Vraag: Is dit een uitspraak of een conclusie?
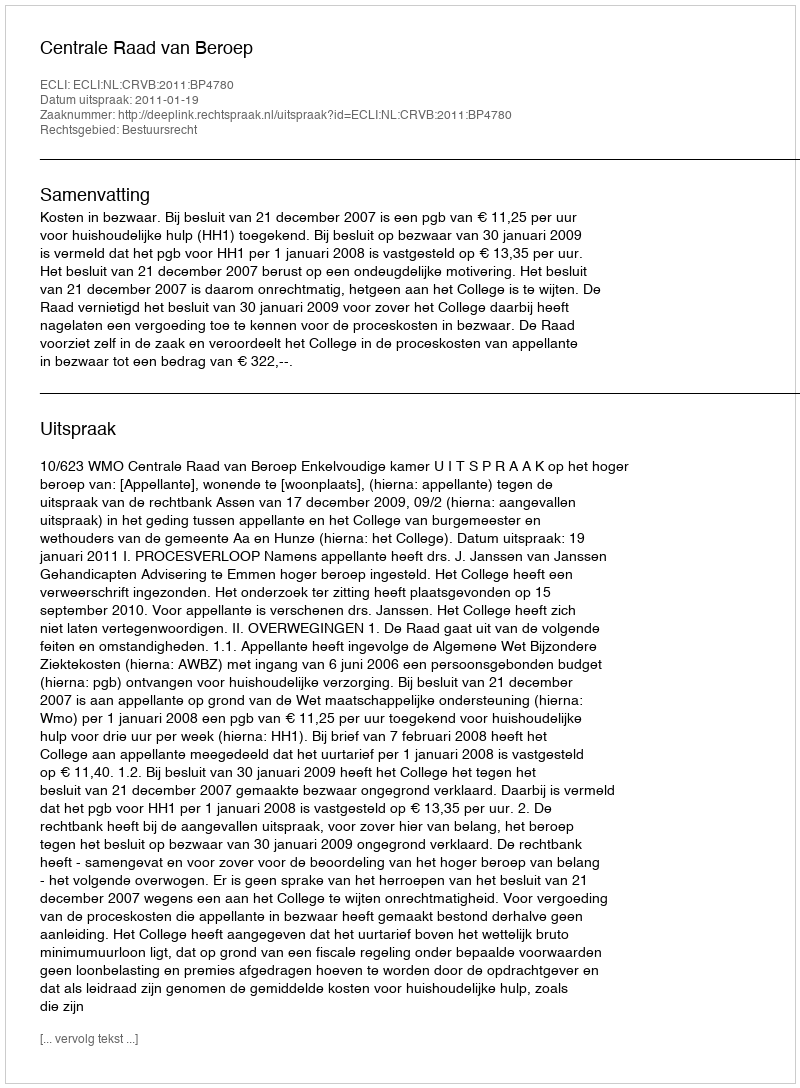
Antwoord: Uitspraak